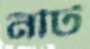
নীট